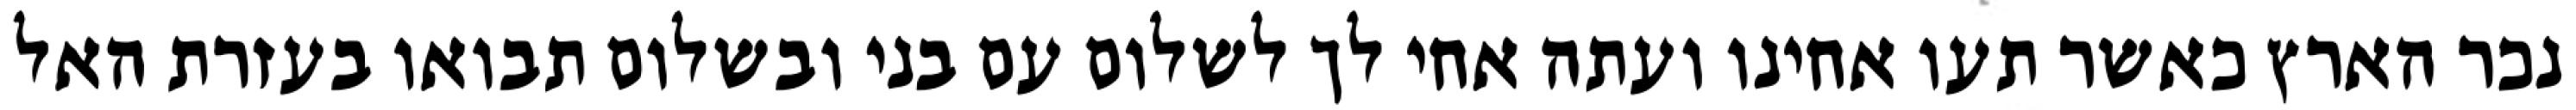
נכר הארץ כאשר תעו אחינו ועתה אחי לך לשלום עם בני ובשלום תבואו בעזרת האל